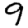
Digit: 9